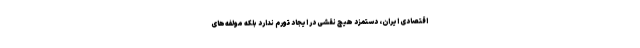
اقتصادی ایران، دستمزد هیچ نقشی در ایجاد تورم ندارد بلکه مولفه‌های